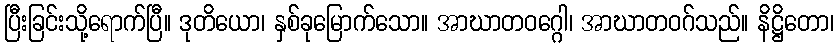
ပြီးခြင်းသို့ရောက်ပြီ။ ဒုတိယော၊ နှစ်ခုမြောက်သော။ အာဃာတဝဂ္ဂေါ၊ အာဃာတဝဂ်သည်။ နိဋ္ဌိတော၊